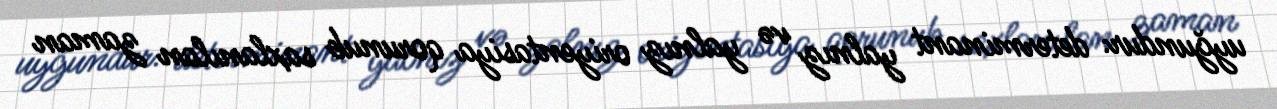
uyğundur: determinant yalnız və yalnız oriyentasiya qorunub saxlanılan zaman